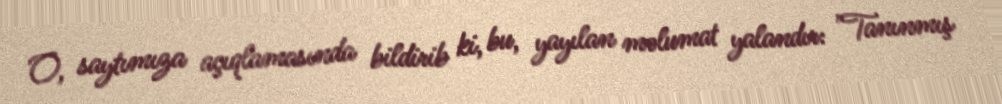
O, saytımıza açıqlamasında bildirib ki, bu, yayılan məlumat yalandır: "Tanınmış